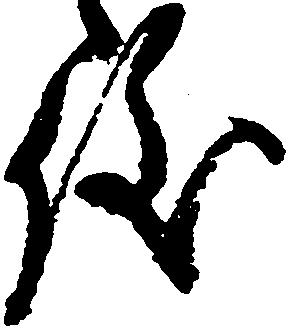
儀